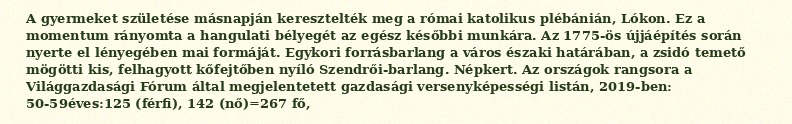
A gyermeket születése másnapján keresztelték meg a római katolikus plébánián, Lókon. Ez a momentum rányomta a hangulati bélyegét az egész későbbi munkára. Az 1775-ös újjáépítés során nyerte el lényegében mai formáját. Egykori forrásbarlang a város északi határában, a zsidó temető mögötti kis, felhagyott kőfejtőben nyíló Szendrői-barlang. Népkert. Az országok rangsora a Világgazdasági Fórum által megjelentetett gazdasági versenyképességi listán, 2019-ben: 50-59éves:125 (férfi), 142 (nő)=267 fő,